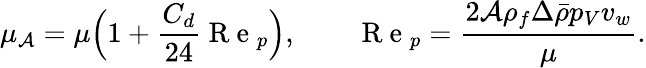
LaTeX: \mu_{\mathcal{A}}=\mu\Bigl(1+\frac{{C_{d}}}{{24}}\mathrm{{~R~e~}}_{p}\Bigr),\qquad\mathrm{{~R~e~}}_{p}=\frac{{2\mathcal{A}\rho_{f}\Delta\bar{{\rho}}p_{V}v_{w}}}{{\mu}}.